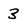
Character: 3